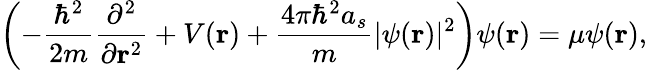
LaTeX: \left(-{\frac{\hbar^{2}}{2m}}{\frac{\partial^{2}}{\partial\mathbf{r}^{2}}}+V(\mathbf{r})+{\frac{4\pi\hbar^{2}a_{s}}{m}}\vert\psi(\mathbf{r})\vert^{2}\right)\psi(\mathbf{r})=\mu\psi(\mathbf{r}),